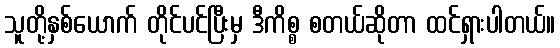
သူတို့နှစ်ယောက် တိုင်ပင်ပြီးမှ ဒီကိစ္စ စတယ်ဆိုတာ ထင်ရှားပါတယ်။